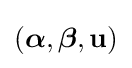
({\boldsymbol {\alpha }},{\boldsymbol {\beta }},\mathbf {u} )